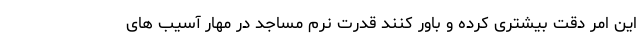
این امر دقت بیشتری کرده و باور کنند قدرت نرم مساجد در مهار آسیب های